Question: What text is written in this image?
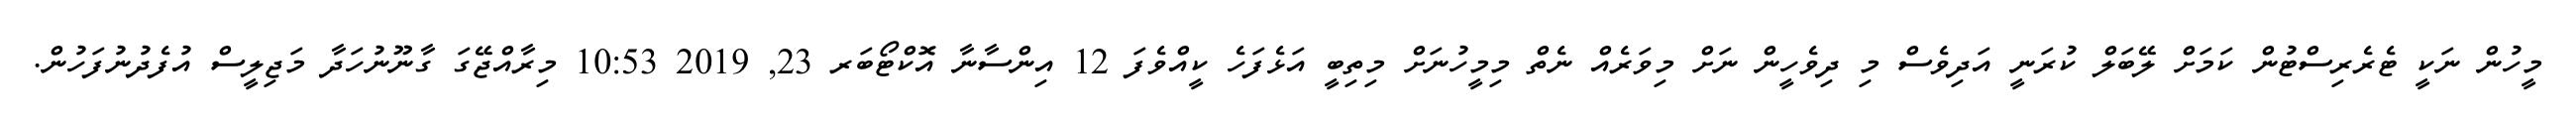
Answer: މީހުން ނަކީ ޓެރެރިސްޓުން ކަމަށް ލޭބަލް ކުރަނީ އަދިވެސް މި ދިވެހީން ނަށް މިވަރެއް ނެތް މިމީހުނަށް މިތިބީ އަޅެފަހެ ކީއްވެފަ 12 އިންސާނާ އޮކްޓޯބަރ 23, 2019 10:53 މިރާއްޖޭގަ ގާނޫނުހަދާ މަޖިލީސް އުފެދުނުފަހުން.